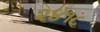
૨૪૧૮